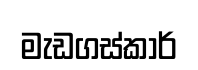
මැඩගස්කාර්